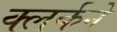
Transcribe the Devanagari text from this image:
क्लर्कने